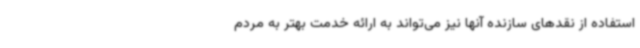
استفاده از نقدهای سازنده آنها نیز می‌تواند به ارائه خدمت بهتر به مردم